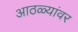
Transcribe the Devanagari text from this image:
आठळ्यांवर